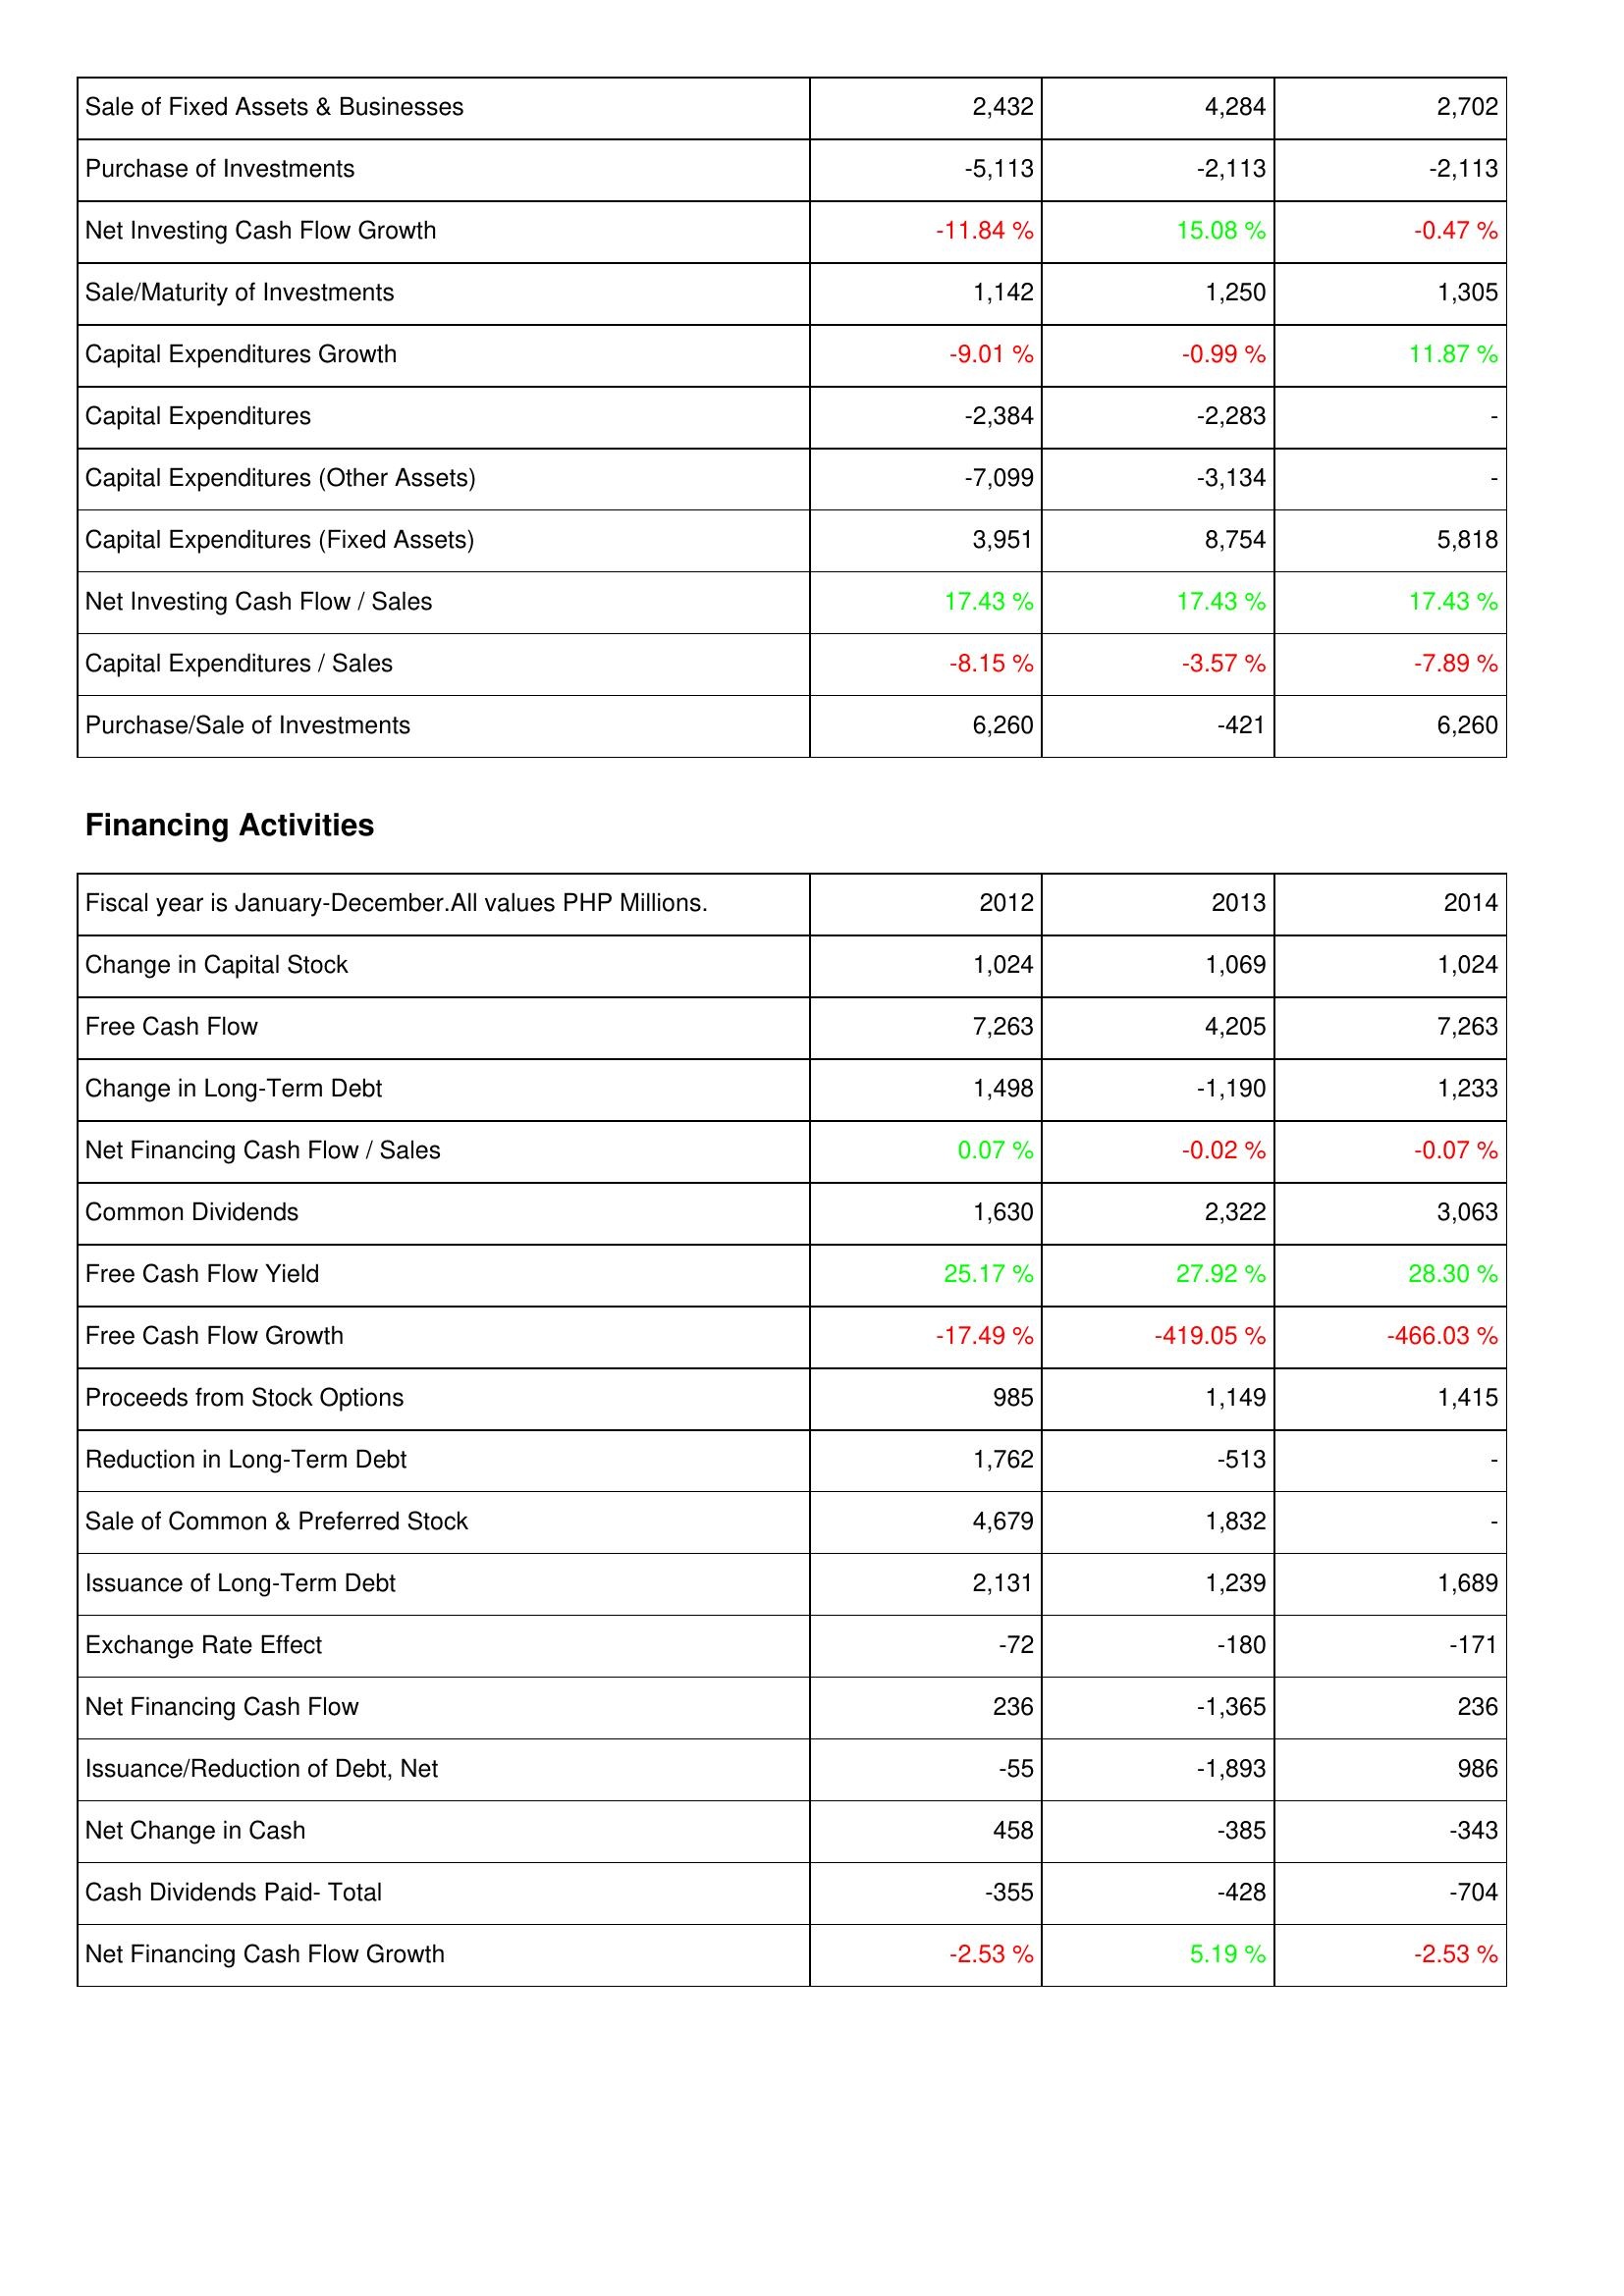
2012: Investing Activities: Sale of Fixed Assets & Businesses: 2,432
Purchase of Investments: -5,113
Net Investing Cash Flow Growth: -11.84 %
Sale/Maturity of Investments: 1,142
Capital Expenditures Growth: -9.01 %
Capital Expenditures: -2,384
Capital Expenditures (Other Assets): -7,099
Capital Expenditures (Fixed Assets): 3,951
Net Investing Cash Flow / Sales: 17.43 %
Capital Expenditures / Sales: -8.15 %
Purchase/Sale of Investments: 6,260
Financing Activities: Change in Capital Stock: 1,024
Free Cash Flow: 7,263
Change in Long-Term Debt: 1,498
Net Financing Cash Flow / Sales: 0.07 %
Common Dividends: 1,630
Free Cash Flow Yield: 25.17 %
Free Cash Flow Growth: -17.49 %
Proceeds from Stock Options: 985
Reduction in Long-Term Debt: 1,762
Sale of Common & Preferred Stock: 4,679
Issuance of Long-Term Debt: 2,131
Exchange Rate Effect: -72
Net Financing Cash Flow: 236
Issuance/Reduction of Debt, Net: -55
Net Change in Cash: 458
Cash Dividends Paid- Total: -355
Net Financing Cash Flow Growth: -2.53 %
2013: Investing Activities: Sale of Fixed Assets & Businesses: 4,284
Purchase of Investments: -2,113
Net Investing Cash Flow Growth: 15.08 %
Sale/Maturity of Investments: 1,250
Capital Expenditures Growth: -0.99 %
Capital Expenditures: -2,283
Capital Expenditures (Other Assets): -3,134
Capital Expenditures (Fixed Assets): 8,754
Net Investing Cash Flow / Sales: 17.43 %
Capital Expenditures / Sales: -3.57 %
Purchase/Sale of Investments: -421
Financing Activities: Change in Capital Stock: 1,069
Free Cash Flow: 4,205
Change in Long-Term Debt: -1,190
Net Financing Cash Flow / Sales: -0.02 %
Common Dividends: 2,322
Free Cash Flow Yield: 27.92 %
Free Cash Flow Growth: -419.05 %
Proceeds from Stock Options: 1,149
Reduction in Long-Term Debt: -513
Sale of Common & Preferred Stock: 1,832
Issuance of Long-Term Debt: 1,239
Exchange Rate Effect: -180
Net Financing Cash Flow: -1,365
Issuance/Reduction of Debt, Net: -1,893
Net Change in Cash: -385
Cash Dividends Paid- Total: -428
Net Financing Cash Flow Growth: 5.19 %
2014: Investing Activities: Sale of Fixed Assets & Businesses: 2,702
Purchase of Investments: -2,113
Net Investing Cash Flow Growth: -0.47 %
Sale/Maturity of Investments: 1,305
Capital Expenditures Growth: 11.87 %
Capital Expenditures: -
Capital Expenditures (Other Assets): -
Capital Expenditures (Fixed Assets): 5,818
Net Investing Cash Flow / Sales: 17.43 %
Capital Expenditures / Sales: -7.89 %
Purchase/Sale of Investments: 6,260
Financing Activities: Change in Capital Stock: 1,024
Free Cash Flow: 7,263
Change in Long-Term Debt: 1,233
Net Financing Cash Flow / Sales: -0.07 %
Common Dividends: 3,063
Free Cash Flow Yield: 28.30 %
Free Cash Flow Growth: -466.03 %
Proceeds from Stock Options: 1,415
Reduction in Long-Term Debt: -
Sale of Common & Preferred Stock: -
Issuance of Long-Term Debt: 1,689
Exchange Rate Effect: -171
Net Financing Cash Flow: 236
Issuance/Reduction of Debt, Net: 986
Net Change in Cash: -343
Cash Dividends Paid- Total: -704
Net Financing Cash Flow Growth: -2.53 %